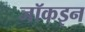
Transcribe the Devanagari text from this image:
जॉकइन